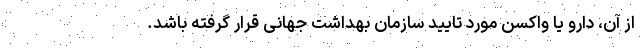
از آن، دارو یا واکسن مورد تایید سازمان بهداشت جهانی قرار گرفته باشد.